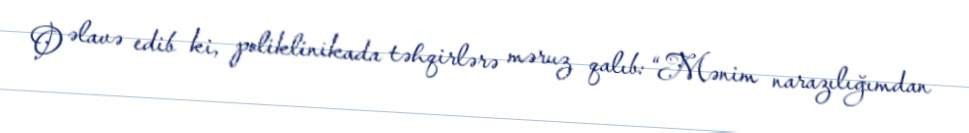
O əlavə edib ki, poliklinikada təhqirlərə məruz qalıb: “Mənim narazılığımdan